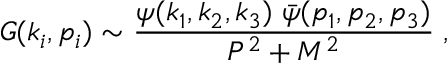
G ( k _ { i } , p _ { i } ) \sim \frac { \psi ( k _ { 1 } , k _ { 2 } , k _ { 3 } ) \; \bar { \psi } ( p _ { 1 } , p _ { 2 } , p _ { 3 } ) } { P ^ { 2 } + M ^ { 2 } } \; ,